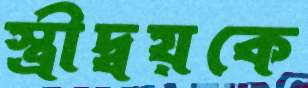
স্ত্রীদ্বয়কে